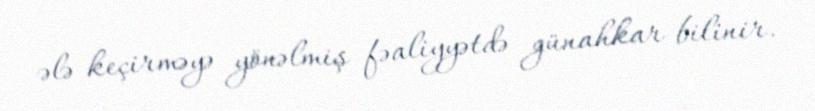
ələ keçirməyə yönəlmiş fəaliyyətdə günahkar bilinir.